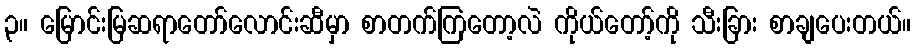
၃။ မြောင်းမြဆရာတော်လောင်းဆီမှာ စာတက်ကြတော့လဲ ကိုယ်တော့်ကို သီးခြား စာချပေးတယ်။